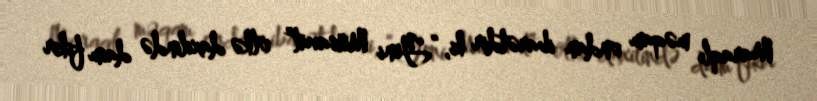
Maraqlı məqam ondan ibarətdir ki, “Yeni Müsavat” ölkə daxilində daim fikir